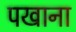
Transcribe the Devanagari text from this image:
पखाना